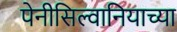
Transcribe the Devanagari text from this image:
पेनीसिल्वानियाच्या